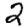
Digit: 2